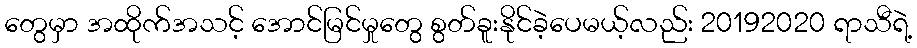
တွေမှာ အထိုက်အသင့် အောင်မြင်မှုတွေ စွတ်ခူးနိုင်ခဲ့ပေမယ့်လည်း 20192020 ရာသီရဲ့